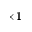
\times 1